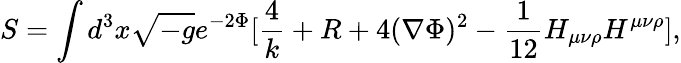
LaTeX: S=\int d^{3}x\sqrt{-g}e^{-2\Phi}[\frac{4}{k}+R+4(\nabla\Phi)^{2}-\frac{1}{12}H_{\mu\nu\rho}H^{\mu\nu\rho}],